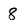
Character: 8